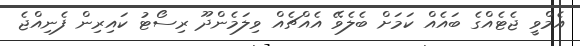
އެމްވީ ޖެޓެއްގެ ބައެއް ކަމަށް ބެލެވޭ އެއްޗެއް ވިލަމެންދޫ ރިސޯޓު ކައިރިން ފެނިއްޖެ